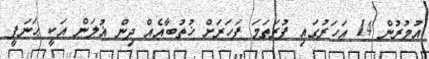
އުމުރުން 14 އަހަރުގައި ފުރަތަމަ ފަހަރަށް ޚުތުބާއެއް ދިން ޣުލަން އަކީ ޙަނަފީ